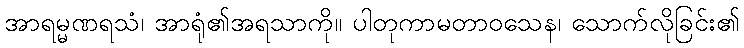
အာရမ္မဏရသံ၊ အာရုံ၏အရသာကို။ ပါတုကာမတာဝသေန၊ သောက်လိုခြင်း၏